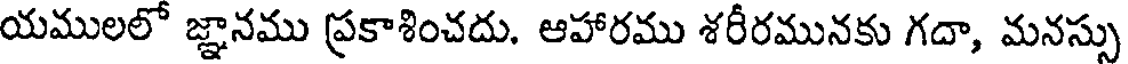
యములలో జ్ఞానము ప్రకాశించదు. ఆహారము శరీరమునకు గదా, మనస్సు